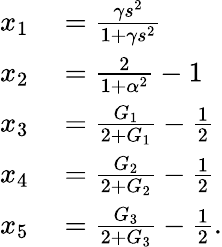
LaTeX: \begin{array}{rl}{x_{1}}&{{}=\frac{\gamma s^{2}}{1+\gamma s^{2}}}\\ {x_{2}}&{{}=\frac{2}{1+\alpha^{2}}-1}\\ {x_{3}}&{{}=\frac{G_{1}}{2+G_{1}}-\frac{1}{2}}\\ {x_{4}}&{{}=\frac{G_{2}}{2+G_{2}}-\frac{1}{2}}\\ {x_{5}}&{{}=\frac{G_{3}}{2+G_{3}}-\frac{1}{2}.}\end{array}